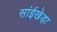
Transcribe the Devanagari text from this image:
सांईखेड़ा